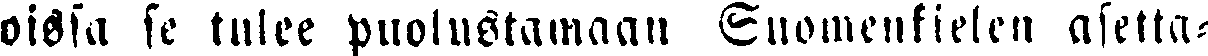
oissa se tulee puolustamaan Suomenkielen asetta-